Indian journal of veterinary science and animal husbandry - Volume 12,
Year: 1942
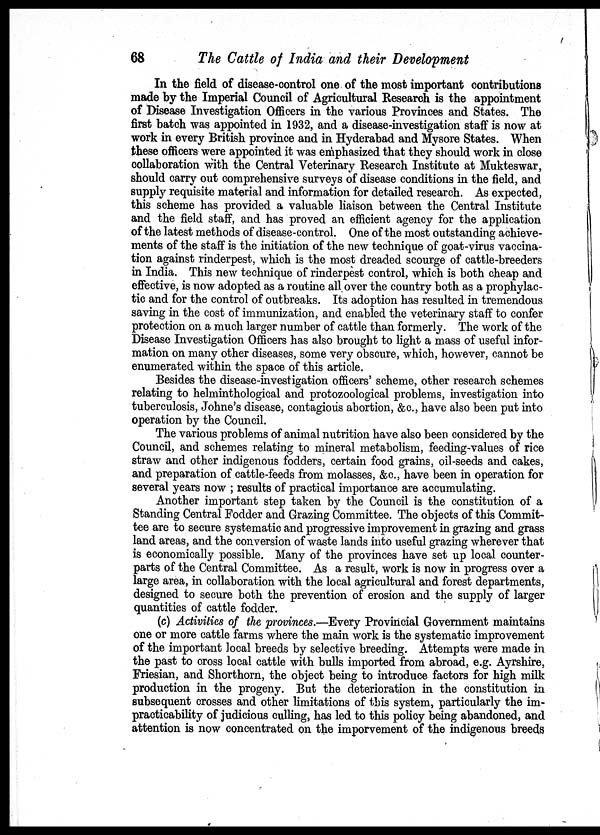
68
The Cattle of India and their Development
In the field of disease-control one of the most important contributions
made by the Imperial Council of Agricultural Research is the appointment
of Disease Investigation Officers in the various Provinces and States. The
first batch was appointed in 1932, and a disease-investigation staff is now at
work in every British province and in Hyderabad and Mysore States. When
these officers were appointed it was emphasized that they should work in close
collaboration with the Central Veterinary Research Institute at Mukteswar,
should carry out comprehensive surveys of disease conditions in the field, and
supply requisite material and information for detailed research. As expected,
this scheme has provided a valuable liaison between the Central Institute
and the field staff, and has proved an efficient agency for the application
of the latest methods of disease-control. One of the most outstanding achieve-
ments of the staff is the initiation of the new technique of goat-virus vaccina-
tion against rinderpest, which is the most dreaded scourge of cattle-breeders
in India. This new technique of rinderpest control, which is both cheap and
effective, is now adopted as a routine all over the country both as a prophylac-
tic and for the control of outbreaks. Its adoption has resulted in tremendous
saving in the cost of immunization, and enabled the veterinary staff to confer
protection on a much larger number of cattle than formerly. The work of the
Disease Investigation Officers has also brought to light a mass of useful infor-
mation on many other diseases, some very obscure, which, however, cannot be
enumerated within the space of this article.
Besides the disease-investigation officers' scheme, other research schemes
relating to helminthological and protozoological problems, investigation into
tuberculosis, Johne's disease, contagious abortion, &c., have also been put into
operation by the Council.
The various problems of animal nutrition have also been considered by the
Council, and schemes relating to mineral metabolism, feeding-values of rice
straw and other indigenous fodders, certain food grains, oil-seeds and cakes,
and preparation of cattle-feeds from molasses, & c., have been in operation for
several years now ; results of practical importance are accumulating.
Another important step taken by the Council is the constitution of a
Standing Central Fodder and Grazing Committee. The objects of this Commit-
tee are to secure systematic and progressive improvement in grazing and grass
land areas, and the conversion of waste lands into useful grazing wherever that
is economically possible. Many of the provinces have set up local counter-
parts of the Central Committee. As a result, work is now in progress over a
large area, in collaboration with the local agricultural and forest departments,
designed to secure both the prevention of erosion and the supply of larger
quantities of cattle fodder.
(c) Activities of the provinces.—Every Provincial Government maintains
one or more cattle farms where the main work is the systematic improvement
of the important local breeds by selective breeding. Attempts were made in
the past to cross local cattle with bulls imported from abroad, e.g. Ayrshire,
Friesian, and Shorthorn, the object being to introduce factors for high milk
production in the progeny. But the deterioration in the constitution in
subsequent crosses and other limitations of this system, particularly the im-
practicability of judicious culling, has led to this policy being abandoned, and
attention is now concentrated on the imporvement of the indigenous breeds